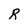
Character: R